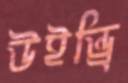
উইন্ড্রি